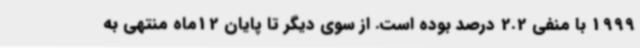
1999 با منفی 2.2 درصد بوده است. از سوی دیگر تا پایان 12ماه منتهی به